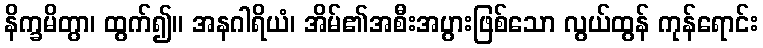
နိက္ခမိတွာ၊ ထွက်၍။ အနဂါရိယံ၊ အိမ်၏အစီးအပွားဖြစ်သော လွယ်ထွန် ကုန်ရောင်း